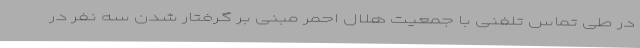
در طی تماس تلفنی با جمعیت هلال احمر مبنی بر گرفتار شدن سه نفر در